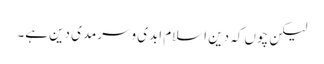
لیکن چوں کہ دین اسلام ابدی وسرمدی دین ہے۔